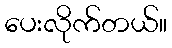
ပေးလိုက်တယ်။